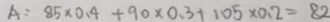
A : 8 5 \times 0 . 4 + 9 0 \times 0 . 3 + 1 0 5 \times 0 . 2 = 8 2